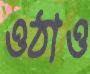
ওঠাও